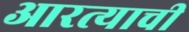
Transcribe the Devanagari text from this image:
आरत्याची